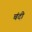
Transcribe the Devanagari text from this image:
चंदी